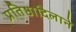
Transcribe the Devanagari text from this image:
प्रतिष्ठादिलाने